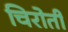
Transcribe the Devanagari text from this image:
चिरोती